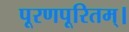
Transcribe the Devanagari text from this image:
पूरणपूरितम्।